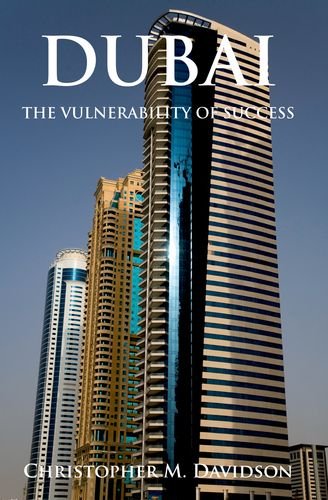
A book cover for Dubai: The Vulnerability of Success; Christopher Davidson; History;